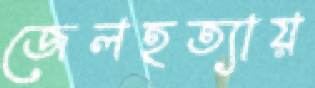
জেলহত্যায়